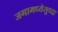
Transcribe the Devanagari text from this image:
जगामध्येसुध्दा